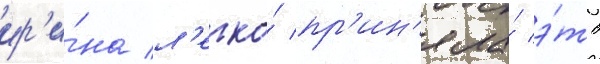
ир'и́на л'егко́ пр'ин'яла́ э́то